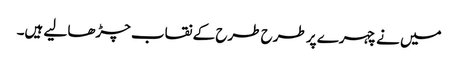
میں نے چہرے پر طرح طرح کے نقاب چڑھا لیے ہیں۔